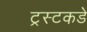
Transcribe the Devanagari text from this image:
ट्रस्टकडे